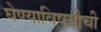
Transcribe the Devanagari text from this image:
घेण्याविषयीची